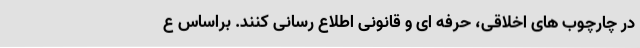
در چارچوب های اخلاقی، حرفه ای و قانونی اطلاع رسانی کنند. براساس ع